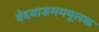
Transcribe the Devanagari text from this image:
वेदवाङमयमूलक